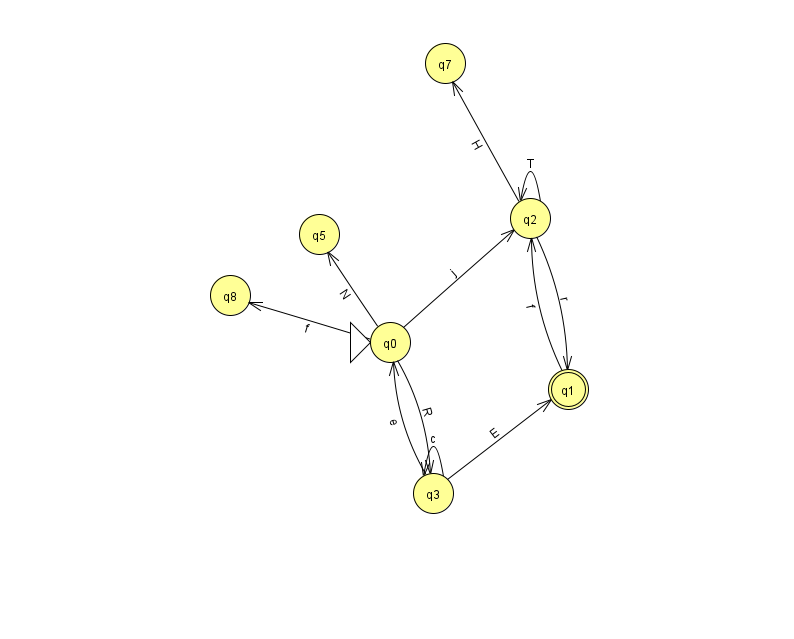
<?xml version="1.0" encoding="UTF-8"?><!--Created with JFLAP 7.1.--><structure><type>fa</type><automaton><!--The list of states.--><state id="0" name="q0"><x>390.0</x><y>329.0</y><initial/></state><state id="1" name="q1"><x>568.0</x><y>376.0</y><final/></state><state id="2" name="q2"><x>530.0</x><y>205.0</y></state><state id="3" name="q3"><x>433.0</x><y>480.0</y></state><state id="5" name="q5"><x>319.0</x><y>221.0</y></state><state id="7" name="q7"><x>445.0</x><y>50.0</y></state><state id="8" name="q8"><x>230.0</x><y>282.0</y></state><!--The list of transitions.--><transition><from>1</from><to>2</to><read>f</read></transition><transition><from>3</from><to>0</to><read>e</read></transition><transition><from>2</from><to>7</to><read>H</read></transition><transition><from>3</from><to>3</to><read>c</read></transition><transition><from>2</from><to>2</to><read>T</read></transition><transition><from>0</from><to>3</to><read>R</read></transition><transition><from>0</from><to>2</to><read>j</read></transition><transition><from>0</from><to>8</to><read>f</read></transition><transition><from>2</from><to>1</to><read>r</read></transition><transition><from>3</from><to>1</to><read>E</read></transition><transition><from>0</from><to>5</to><read>N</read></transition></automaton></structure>